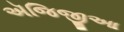
ઍજિજીઆ